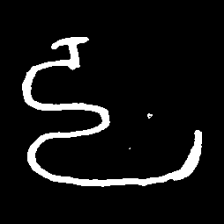
Pyu character \u2014 Myanmar letter: ဠ (romanized: lla)